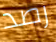
رصد